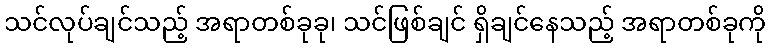
သင်လုပ်ချင်သည့် အရာတစ်ခုခု၊ သင်ဖြစ်ချင် ရှိချင်နေသည့် အရာတစ်ခုကို